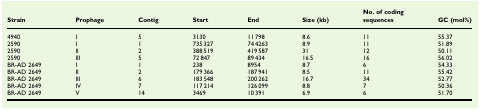
<table><thead><tr><td><b>Strain</b></td><td><b>Prophage</b></td><td><b>Contig</b></td><td><b>Start</b></td><td><b>End</b></td><td><b>Size (kb)</b></td><td><b>No. of coding sequences</b></td><td><b>GC (mol%)</b></td></tr></thead><tbody><tr><td>4940</td><td>I</td><td>5</td><td>3130</td><td>11 798</td><td>8.6</td><td>11</td><td>55.37</td></tr><tr><td>2590</td><td>I</td><td>1</td><td>735 327</td><td>74 4263</td><td>8.9</td><td>11</td><td>51.89</td></tr><tr><td>2590</td><td>II</td><td>2</td><td>388 519</td><td>419 587</td><td>31</td><td>12</td><td>50.11</td></tr><tr><td>2590</td><td>III</td><td>5</td><td>72 847</td><td>89 434</td><td>16.5</td><td>16</td><td>56.02</td></tr><tr><td>BR-AD 2649</td><td>I</td><td>1</td><td>238</td><td>8954</td><td>8.7</td><td>6</td><td>54.33</td></tr><tr><td>BR-AD 2649</td><td>II</td><td>2</td><td>179 366</td><td>187 941</td><td>8.5</td><td>11</td><td>55.42</td></tr><tr><td>BR-AD 2649</td><td>III</td><td>6</td><td>183 548</td><td>200 262</td><td>16.7</td><td>34</td><td>52.77</td></tr><tr><td>BR-AD 2649</td><td>IV</td><td>7</td><td>117 214</td><td>126 099</td><td>8.8</td><td>7</td><td>50.36</td></tr><tr><td>BR-AD 2649</td><td>V</td><td>14</td><td>3469</td><td>10 391</td><td>6.9</td><td>6</td><td>51.70</td></tr></tbody></table>